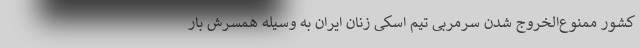
کشور ممنوع‌الخروج شدن سرمربی تیم اسکی زنان ایران به وسیله همسرش بار